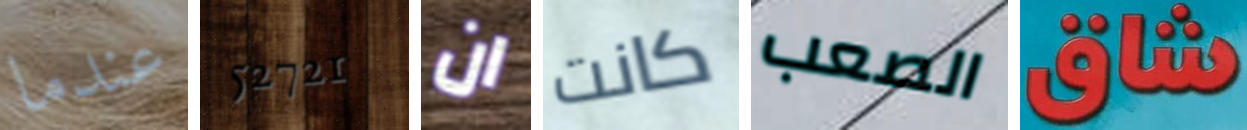
عندما 52721 ان كانت الصعب شاق